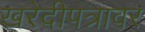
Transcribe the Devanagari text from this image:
खरेदीपत्रावर